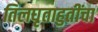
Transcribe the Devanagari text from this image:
तिलघृताहुतींचा